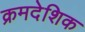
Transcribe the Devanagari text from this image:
क्रमदेशिक